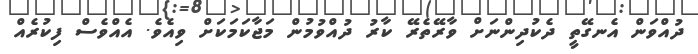
ދުއްވަން އެނގޭތީ ދެކުދިންނަށް ވާރޭތެރޭ ކާރު ދުއްވުމުން މަޖާކަމަކަށް ވިއެވެ. އެއްވެސް ފިކުރެއް